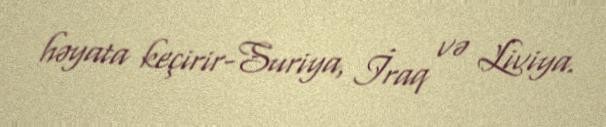
həyata keçirir-Suriya, İraq və Liviya.